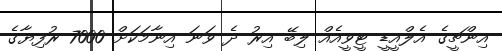
އިންޗީގެ އެލްއީޑީ ޓީވީއެއް ލިބޭ އިރު ދެ ވަނަ އިނާމަކަށް 7000 ރުފިޔާގެ